Indian journal of veterinary science and animal husbandry - Volume 8,
Year: 1938
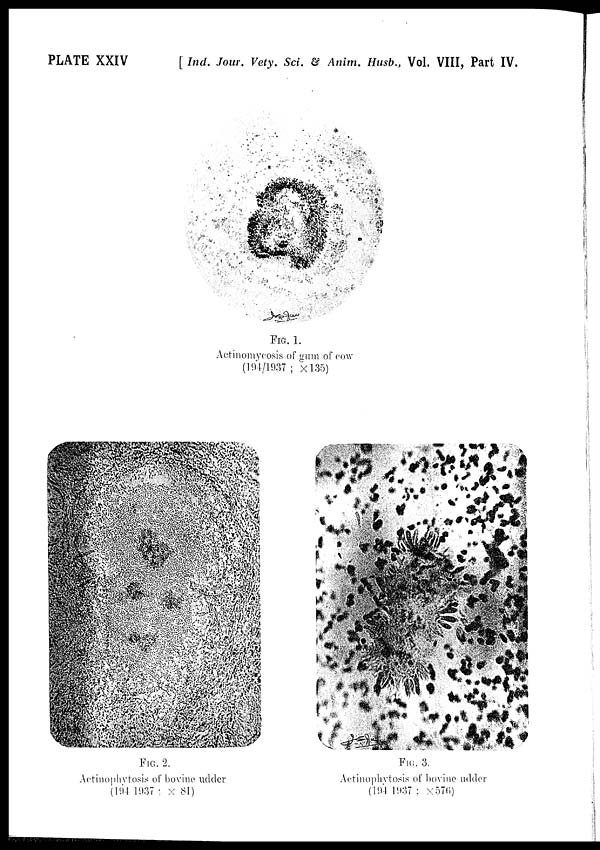
PLATE XXIV
[ Ind. Jour. Vety. Sci. & Anim. Husb., Vol. VIII, Part IV.
FIG. 1.
Actinomycosis of gum of cow
(194/1937; × l35)
FIG. 2.
Actinophytosis of bovine udder
(194 1937 ; × 81)
FIG. 3.
Actinophytosis of bovine udder
(194 1937 ; × 576)